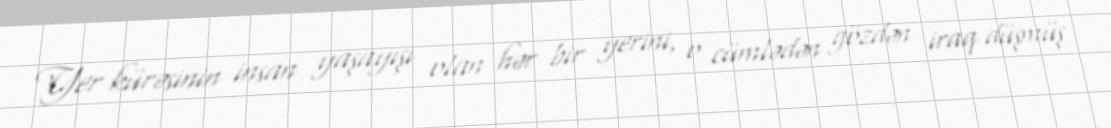
Yer kürəsinin insan yaşayışı olan hər bir yerini, o cümlədən gözdən iraq düşmüş